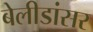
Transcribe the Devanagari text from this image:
बेलीडांसर